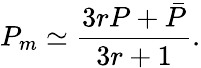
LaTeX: P_{m}\simeq{\frac{3rP+\bar{P}}{3r+1}}.